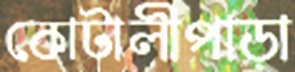
কোটালীপাড়া